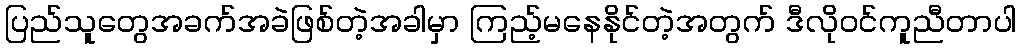
ပြည်သူတွေအခက်အခဲဖြစ်တဲ့အခါမှာ ကြည့်မနေနိုင်တဲ့အတွက် ဒီလိုဝင်ကူညီတာပါ